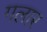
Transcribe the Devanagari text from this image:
गलार